Civil Veterinary Department. Central Provinces & Berar 1932-41 - 1932-1941
Year: 1932
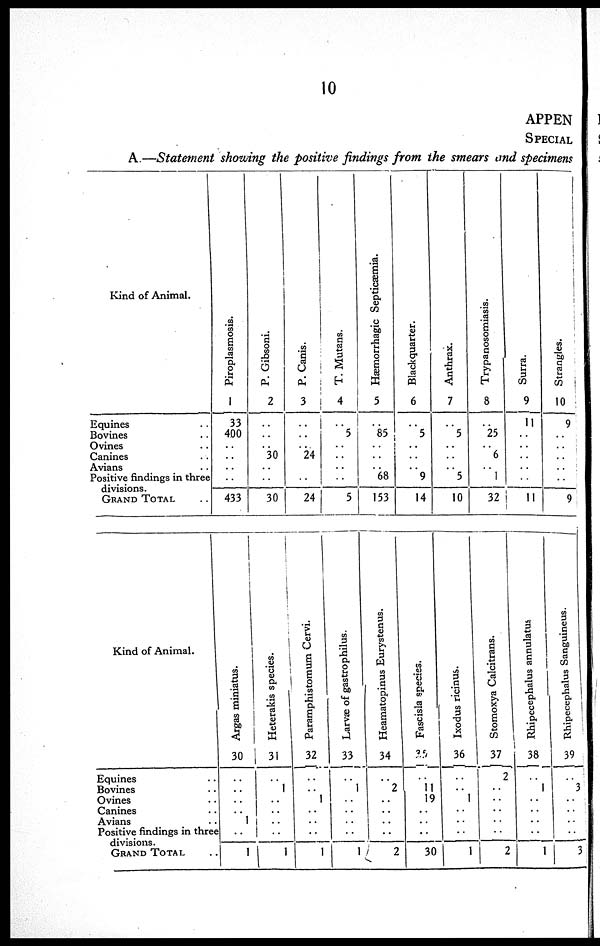
10
APPEN
SPECIAL
A.—Statement showing the positive findings from the smears and specimens
Kind of Animal.
Equines ..
Bovines ..
Ovines ..
Canines ..
Avians ..
Positive findings in three
divisions.
GRAND TOTAL ..
Piroplasmosis.
1
33
400
..
..
..
..
433
P. Gibsoni.
2
..
..
..
30
..
..
30
P. Canis.
3
..
..
..
24
..
..
24
T. Mutans.
4
..
5
..
..
..
..
5
Hæmorrhagic Septicæmia.
5
..
85
..
..
..
68
153
Blackquarter.
6
..
5
..
..
..
9
14
Anthrax.
7
..
5
..
..
..
5
10
Trypanosomiasis.
8
..
25
..
6
..
1
32
Surra.
9
11
...
..
..
..
..
11
Strangles.
10
9
..
..
..
..
..
9
Kind of Animal.
Equines ..
Bovines ..
Ovines ..
Canines ..
Avians ..
Positive findings in three
GRAND TOTAL ..
Argas miniatus.
30
..
..
..
..
1
..
1
Heterakis species.
31
..
1
..
..
..
..
1
Paramphistomum Cervi.
32
..
.. 1
..
..
..
1
Larvæ
of gastrophilus.
33
..
1
..
..
..
..
1
Heamatopinus Eurystenus.
34
..
2
..
..
..
..
2
Fascisla species.
35
..
11
19
..
..
..
30
Ixodus ricinus.
36
..
..
1
..
..
..
1
Stomoxya Calcitrans.
37
2
..
..
..
..
..
2
Rhipecephalus annulatus
38
..
1
..
..
..
..
1
Rhipecephalus Sanguineus.
39
..
3
..
..
..
..
3